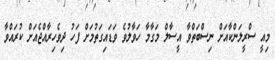
މިއީ ސްރީލަންކާއަށް ނިސްބަތްވާ އީސާލް މަގާމާ ހަވާލުވެ ވަޑައިގަތުމަށް ފަހު ދިވެހިރާއްޖެއަށް ކުރައްވާ